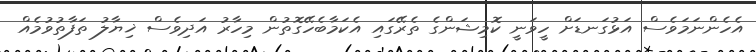
އެހެންނަމަވެސް އަޅުގަނޑަށް ހީވަނީ ކޮމިޝަންގެ ތެރޭގައި އެކަމާބެހޭގޮތުން މިހާރު އަދިވެސް ޚިޔާލު ތަފާތުވުމެއް